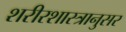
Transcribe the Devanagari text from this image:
शरीरशास्त्रानुसर